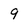
Character: 9